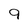
Character: 9